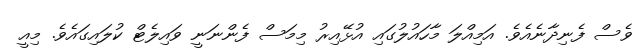
ވެސް ފެނިދާނެއެވެ. އަމިއްލަ މާހައުލުގައި އުޅޭއިރު މިމަސް ފެންނަނީ ވައިލެޓް ކުލައިގައެވެ. މިއީ